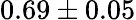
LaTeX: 0.69\pm 0.05